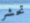
تحشر